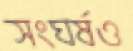
সংঘর্ষও